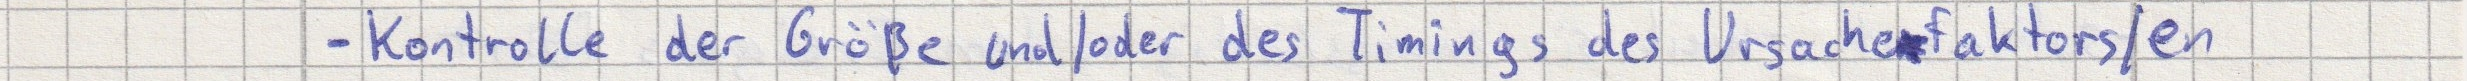
- Kontrolle der Größe und/oder des Timings des Ursachenfaktors/en